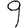
Digit: 9